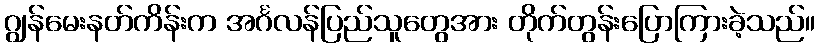
ဂျွန်မေးနတ်ကိန်းက အင်္ဂလန်ပြည်သူတွေအား တိုက်တွန်းပြောကြားခဲ့သည်။